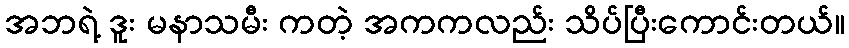
အဘရဲ့ ဒူး မနာသမီး ကတဲ့ အကကလည်း သိပ်ပြီးကောင်းတယ်။